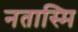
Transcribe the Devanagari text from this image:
नतास्मि